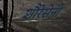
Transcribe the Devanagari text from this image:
शौरेसेनी